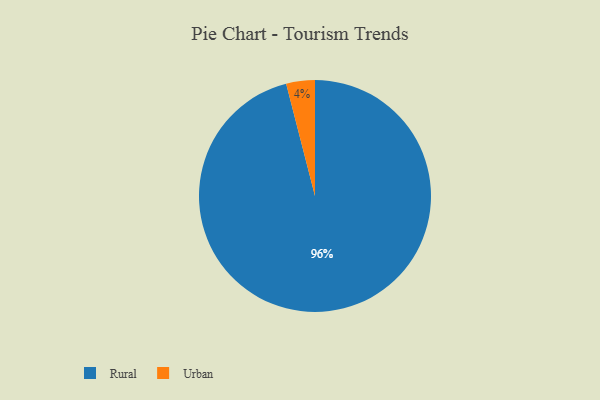
{"axis": {"x": "Category", "y": "Percentage"}, "legend": ["Rural", "Urban"], "data": [{"x": "Rural", "y": 96, "type": "Rural"}, {"x": "Urban", "y": 4, "type": "Urban"}]}